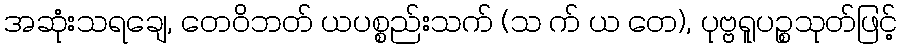
အဆုံးသရချေ, တေဝိဘတ် ယပစ္စည်းသက် (သ က် ယ တေ), ပုဗ္ဗရူပဉ္စသုတ်ဖြင့်